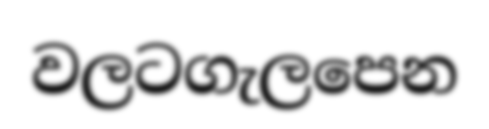
වලටගැලපෙන